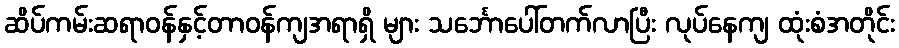
ဆိပ်ကမ်းဆရာဝန်နှင့်တာဝန်ကျအရာရှိ များ သင်္ဘောပေါ်တက်လာပြီး လုပ်နေကျ ထုံးစံအတိုင်း